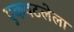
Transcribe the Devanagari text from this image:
एकवटलेला